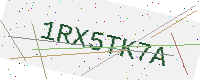
Text: 1RX5TK7A